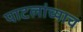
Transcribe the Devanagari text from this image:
पाटलांच्याच